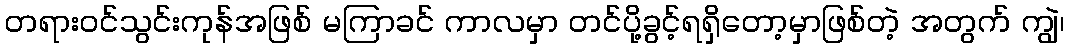
တရားဝင်သွင်းကုန်အဖြစ် မကြာခင် ကာလမှာ တင်ပို့ခွင့်ရရှိတော့မှာဖြစ်တဲ့ အတွက် ကျွဲ၊